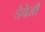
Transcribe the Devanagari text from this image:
डेवेसी